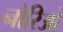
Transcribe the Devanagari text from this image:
नोरिओ